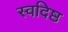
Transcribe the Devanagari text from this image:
स्वदिष्ठ